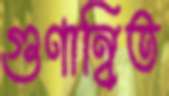
গুণান্বিত